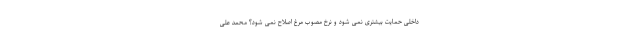
داخلی حمایت بیشتری نمی شود و نرخ مصوب مرغ اصلاح نمی شود؟ محمد علی